Eliaser,_Agnia_(Rutt)_ja_Elga, lk 51
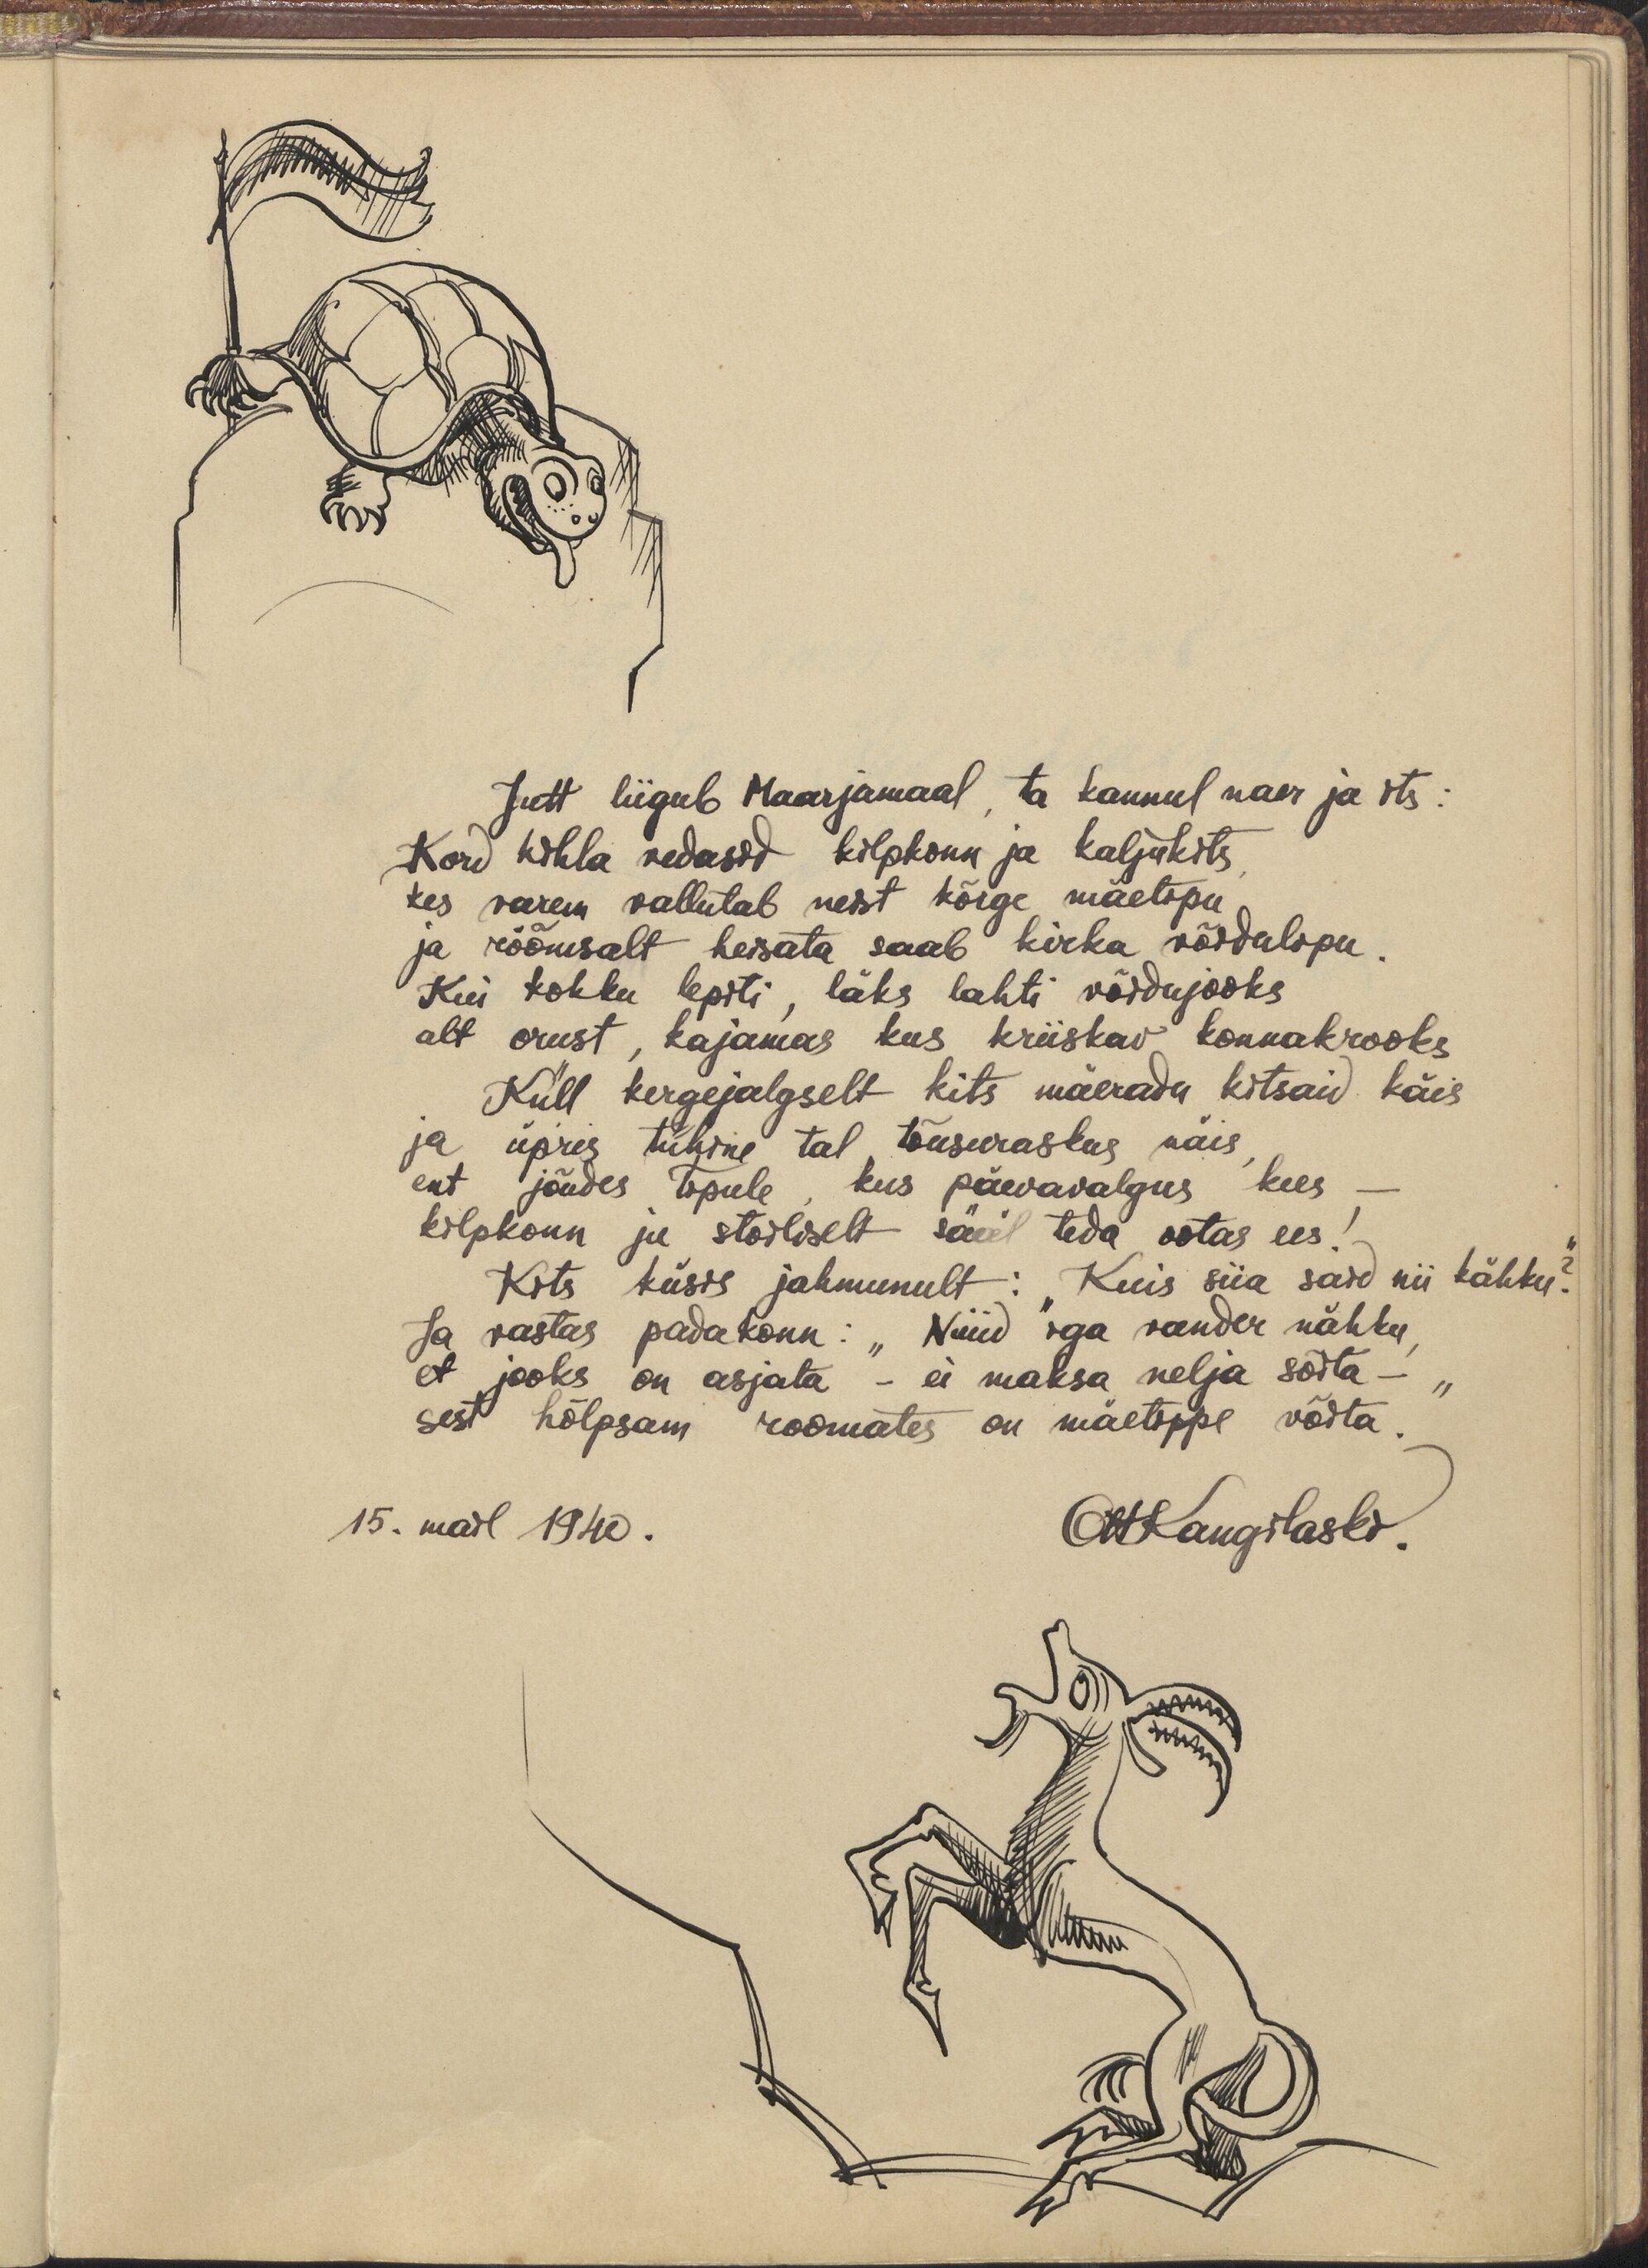
Jutt liigub Maarjamaal, ta kannul naer ja its:
Kord kihla vedasid kilpkonn ja kaljukits,
kes varem vallutab neist kõige mäetipu,
ja rõõmsalt heisata saab kirka võidulipu.
Kui kokku lepiti, läks lahti võidujooks
alt orust, kajamas kus kriiskav konnakrooks
Küll kergejalgselt kits mäerada kitsaid käis
ja üpris tühine tal tõusuraskus näis,
ent jõudes tipule, kus päevavalgus kees,-
kilpkonn ju stoiliselt sääl teda ootas ees!
Kits küsis jahmunult: "Kuis siia said nii kähku?"
Ja vastas padakonn: "Nüüd iga vander nähku,
et jooks on asjata - ei maksa nelja sõita -
sest hõlpsam roomates on mäetippe võita."
15. mail 1940.
MKangilaski.